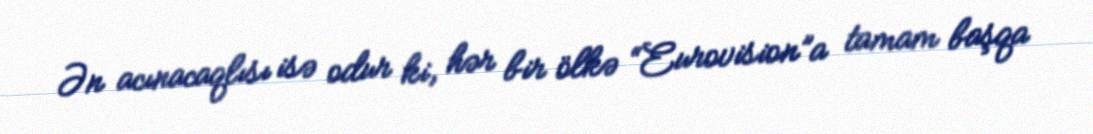
Ən acınacaqlısı isə odur ki, hər bir ölkə “Eurovision”a tamam başqa